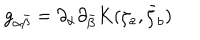
g _ { \alpha \bar { \beta } } = \partial _ { \alpha } \partial _ { \bar { \beta } } K ( \zeta _ { a } , \bar { \zeta } _ { b } )